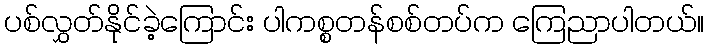
ပစ်လွှတ်နိုင်ခဲ့ကြောင်း ပါကစ္စတန်စစ်တပ်က ကြေညာပါတယ်။